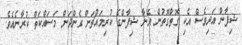
ޝިފާން އަދިވެސް އެކި ގޮތްގޮތުން އޭނާ ޝިފާންގެ ކުރިމައްޗަށް ގެންދަން މަސައްކަތް ކުރާނެއެވެ.